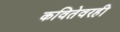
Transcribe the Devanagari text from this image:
कवितेवरही